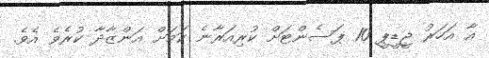
އާ އަހަރު ޖީޑީޕީ 10 ޕަސެންޓަށް ކުރިއަރާނެ ކަމަށް އަންޒާދާ ކުރެވެ އެވެ.